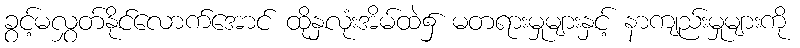
ခွင့်မလွှတ်နိုင်လောက်အောင် ထိုနှလုံးအိမ်ထဲ၌ မတရားမှုများနှင့် နာကျည်းမှုများကို